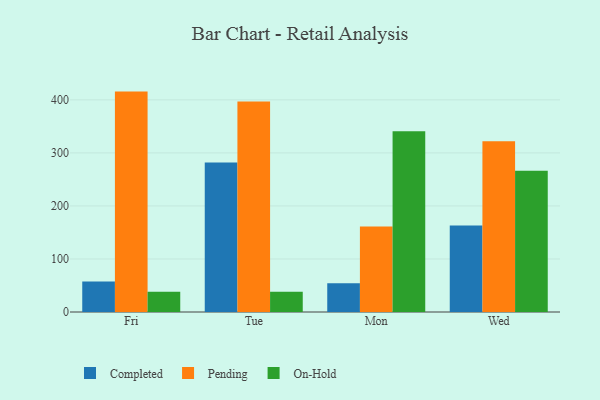
{"axis": {"x": "Day", "y": "Latency (ms)"}, "legend": ["Completed", "On-Hold", "Pending"], "data": [{"x": "Fri", "y": 57.6, "type": "Completed"}, {"x": "Fri", "y": 415.6, "type": "Pending"}, {"x": "Fri", "y": 38.1, "type": "On-Hold"}, {"x": "Tue", "y": 281.7, "type": "Completed"}, {"x": "Tue", "y": 396.8, "type": "Pending"}, {"x": "Tue", "y": 38.2, "type": "On-Hold"}, {"x": "Mon", "y": 54.1, "type": "Completed"}, {"x": "Mon", "y": 161.2, "type": "Pending"}, {"x": "Mon", "y": 340.9, "type": "On-Hold"}, {"x": "Wed", "y": 162.9, "type": "Completed"}, {"x": "Wed", "y": 322.2, "type": "Pending"}, {"x": "Wed", "y": 266.2, "type": "On-Hold"}]}